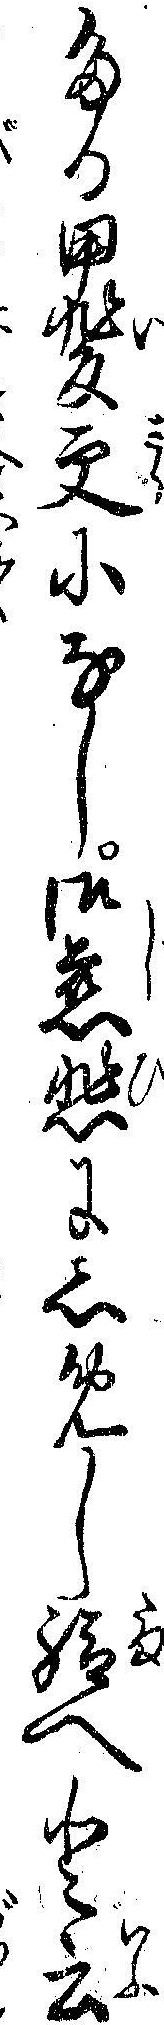
たる甲斐更になし御慈悲にしめし給へと云